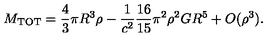
M _ { \mathrm { T O T } } = \frac { 4 } { 3 } \pi R ^ { 3 } \rho - \frac { 1 } { c ^ { 2 } } \frac { 1 6 } { 1 5 } \pi ^ { 2 } \rho ^ { 2 } G R ^ { 5 } + O ( \rho ^ { 3 } ) .